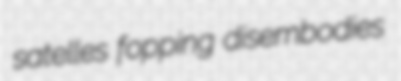
satelles fopping disembodies